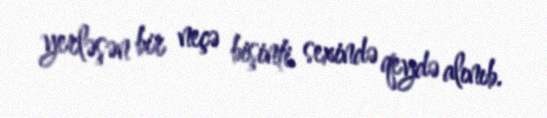
yerləşən bir neçə bişinti sexində qeydə alınıb.